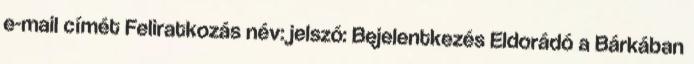
e-mail címét Feliratkozás név: jelszó: Bejelentkezés Eldorádó a Bárkában